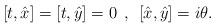
LaTeX: \begin{align*}[t,\hat{x}]=[t,\hat{y}]=0\:\:,\:\:[\hat{x},\hat{y}]=i\theta.\end{align*}